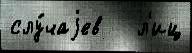
слу́чаjев   л'иц